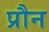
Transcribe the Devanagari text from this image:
प्रौन